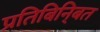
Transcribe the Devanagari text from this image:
प्रतिबिनि्बत